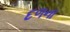
દળના